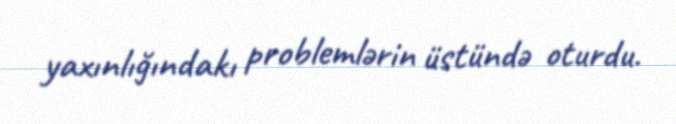
yaxınlığındakı problemlərin üstündə oturdu.